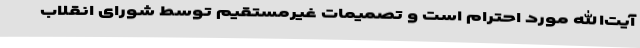
آیت‌الله مورد احترام‌ است‌ و تصمیمات‌ غیرمستقیم‌ توسط‌ شورای ‌انقلاب‌